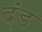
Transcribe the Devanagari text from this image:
द्ंड